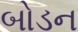
બોડન